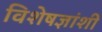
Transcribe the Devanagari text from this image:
विशेषज्ञांशी